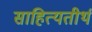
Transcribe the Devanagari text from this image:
साहित्यतीर्थ